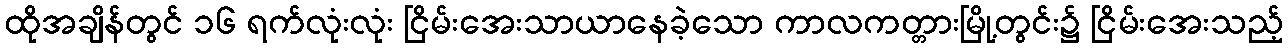
ထိုအချိန်တွင် ၁၆ ရက်လုံးလုံး ငြိမ်းအေးသာယာနေခဲ့သော ကာလကတ္တားမြို့တွင်း၌ ငြိမ်းအေးသည့်